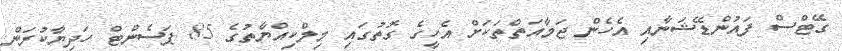
ގޭޓްސް ފައުންޑޭޝަނާއި އެހެން ޖަމާއަތްތަކަށް އެހީގެ ގޮތުގައި މިލްކިއްޔާތުގެ 85 ޕަސެންޓް ހަދިޔާކުރަން